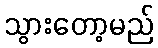
သွားတော့မည်